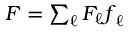
\begin{array} { r } { \boldsymbol { F } = \sum _ { \ell } F _ { \ell } \boldsymbol { f } _ { \ell } } \end{array}